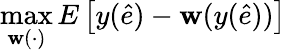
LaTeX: \operatorname*{max}_{\mathbf{w}(\cdot)}E\left[y({\hat{{e}}})-\mathbf{w}(y({\hat{{e}}}))\right]